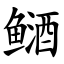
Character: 䲤